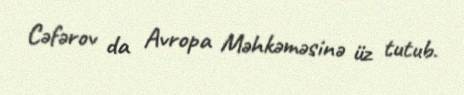
Cəfərov da Avropa Məhkəməsinə üz tutub.